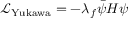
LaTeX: { \mathcal { L } } _ { \mathrm { Y u k a w a } } = - \lambda _ { f } { \bar { \psi } } H \psi